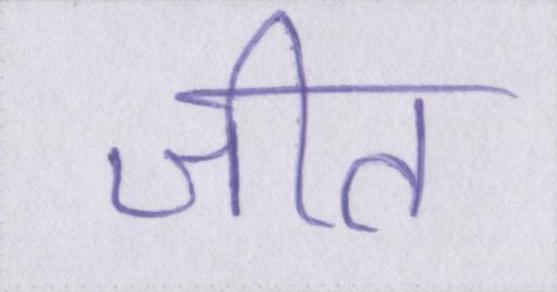
जीत